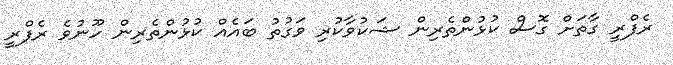
ރެފްރީ ގާތަށް ގޮސް ކުޅުންތެރިން ޝަކުވާކުރި ވަގުތު ބައެއް ކުޅުންތެރިން ހޫނުވެ ރެފްރީ